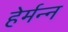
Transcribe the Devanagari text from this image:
हेर्मन्न